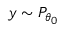
y \sim P _ { \theta _ { 0 } }